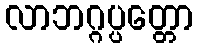
လာဘဂ္ဂပ္ပတ္တော